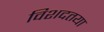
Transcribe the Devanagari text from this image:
विशदतया